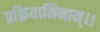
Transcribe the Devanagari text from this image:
प्रक्रियामिनाम्।।